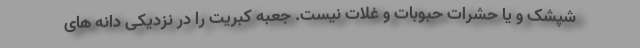
شپشک و یا حشرات حبوبات و غلات نیست. جعبه کبریت را در نزدیکی دانه های